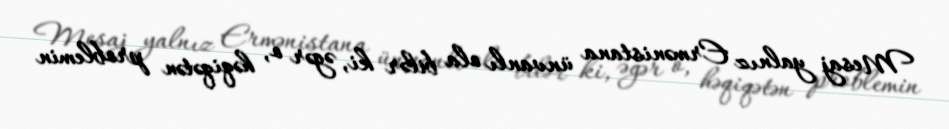
Mesaj yalnız Ermənistana ünvanlı ola bilər ki, əgər o, həqiqətən problemin